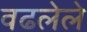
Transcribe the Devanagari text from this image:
वढलेले